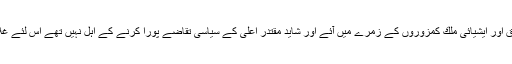
اس طرح مشرق اور ایشیائی ملك كمزوروں كے زمرے میں آئے اور شاید مقتدرِ اعلیٰ كے سیاسی تقاضے پورا كرنے كے اہل نہیں تھے اس لئے غلام بنائے گئے۔